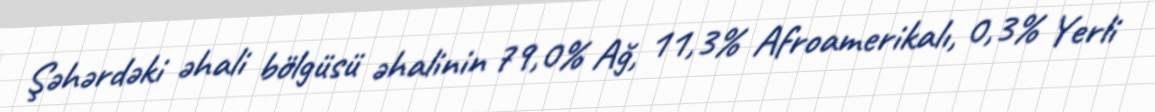
Şəhərdəki əhali bölgüsü əhalinin 79,0% Ağ, 11,3% Afroamerikalı, 0,3% Yerli